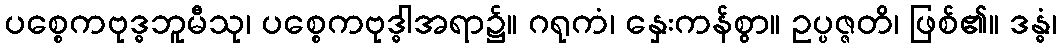
ပစ္စေကဗုဒ္ဓဘူမီသု၊ ပစ္စေကဗုဒ္ဓါအရာ၌။ ဂရုကံ၊ နှေးကန်စွာ။ ဥပ္ပဇ္ဇတိ၊ ဖြစ်၏။ ဒန္ဓံ၊